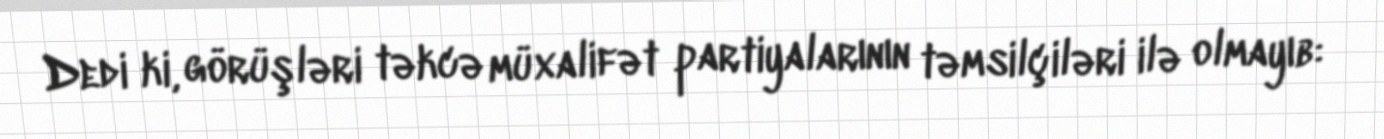
Dedi ki, görüşləri təkcə müxalifət partiyalarının təmsilçiləri ilə olmayıb: